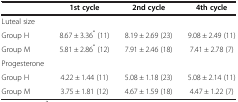
<table><thead><tr><td><b> </b></td><td><b>1st cycle</b></td><td><b>2nd cycle</b></td><td><b>4th cycle</b></td></tr></thead><tbody><tr><td>Luteal size</td><td> </td><td> </td><td> </td></tr><tr><td>Group H</td><td>8.67 ± 3.36<sup>*</sup> (11)</td><td>8.19 ± 2.69 (23)</td><td>9.08 ± 2.49 (11)</td></tr><tr><td>Group M</td><td>5.81 ± 2.86<sup>*</sup> (12)</td><td>7.91 ± 2.46 (18)</td><td>7.41 ± 2.78 (7)</td></tr><tr><td>Progesterone</td><td> </td><td> </td><td> </td></tr><tr><td>Group H</td><td>4.22 ± 1.44 (11)</td><td>5.08 ± 1.18 (23)</td><td>5.08 ± 2.14 (11)</td></tr><tr><td>Group M</td><td>3.75 ± 1.81 (12)</td><td>4.67 ± 1.59 (18)</td><td>4.47 ± 1.22 (7)</td></tr></tbody></table>